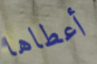
أعطاها